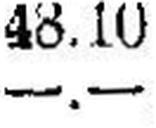
—.—